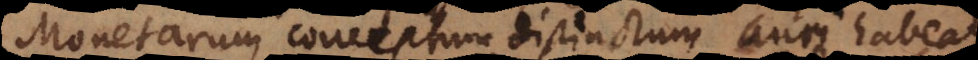
Monetarum conceptum distinctum auri habeat,